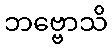
ဘဗ္ဗောသိ